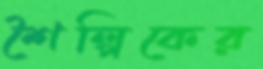
শৈল্পিকের